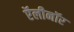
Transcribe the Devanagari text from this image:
ऍलीनॉर